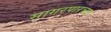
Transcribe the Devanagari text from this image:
सागरपारच्या